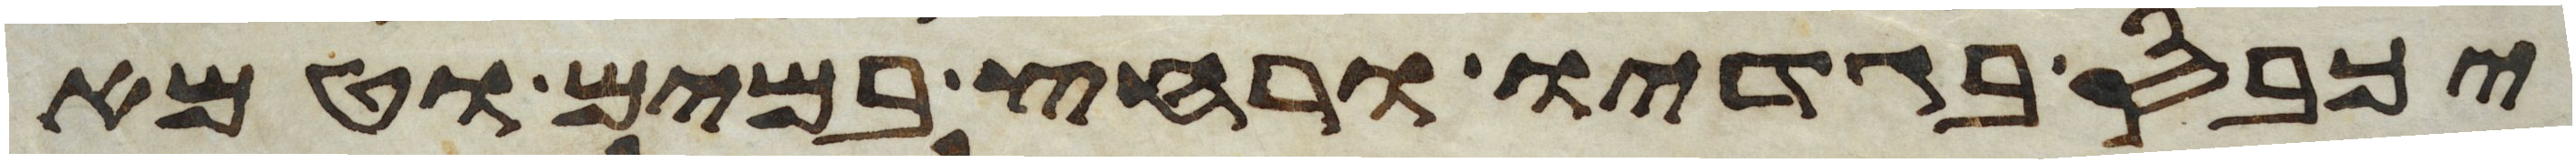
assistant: יכבס בגדיו ורחץ במים וטמא